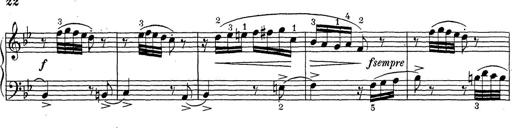
Title: ÄŒeskÃ© Sonatiny
Composer: Various